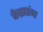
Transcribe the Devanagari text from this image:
केप्रारंभ